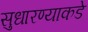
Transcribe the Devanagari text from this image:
सुधारण्याकडे